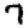
Digit: 7